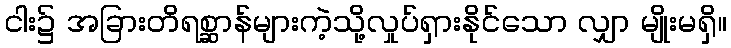
ငါး၌ အခြားတိရစ္ဆာန်များကဲ့သို့လှုပ်ရှားနိုင်သော လျှာ မျိုးမရှိ။